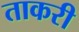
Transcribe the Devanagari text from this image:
ताकरी